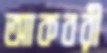
আকবরী